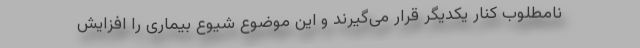
نامطلوب کنار یکدیگر قرار می‌گیرند و این موضوع شیوع بیماری را افزایش